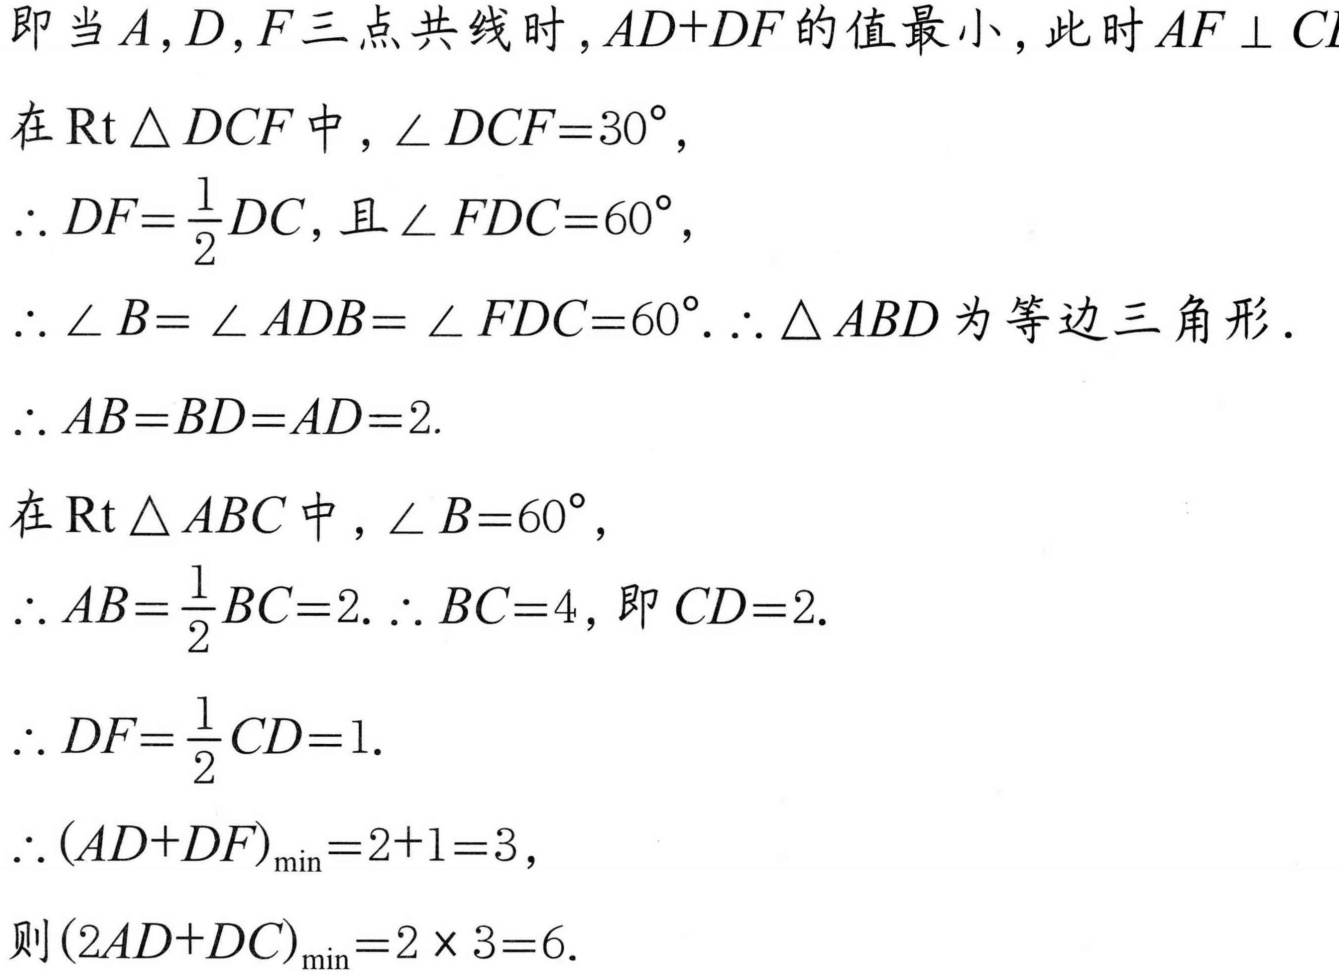
即当$A,D,F$三点共线时，$AD + DF$的值最小，此时$AF\perp C$
在$\mathrm{Rt}\triangle DCF$中，$\angle DCF = 30^{\circ},$
$\therefore DF=\frac{1}{2}DC$，且$\angle FDC = 60^{\circ},$
$\therefore \angle B=\angle ADB=\angle FDC = 60^{\circ}.\therefore \triangle ABD$为等边三角形．
$\therefore AB = BD = AD = 2.$
在$\mathrm{Rt}\triangle ABC$中，$\angle B = 60^{\circ},$
$\therefore AB=\frac{1}{2}BC = 2.\therefore BC = 4$，即$CD = 2.$
$\therefore DF=\frac{1}{2}CD = 1.$
$\therefore (AD + DF)_{\min}=2 + 1 = 3,$
则$(2AD + DC)_{\min}=2\times3 = 6.$